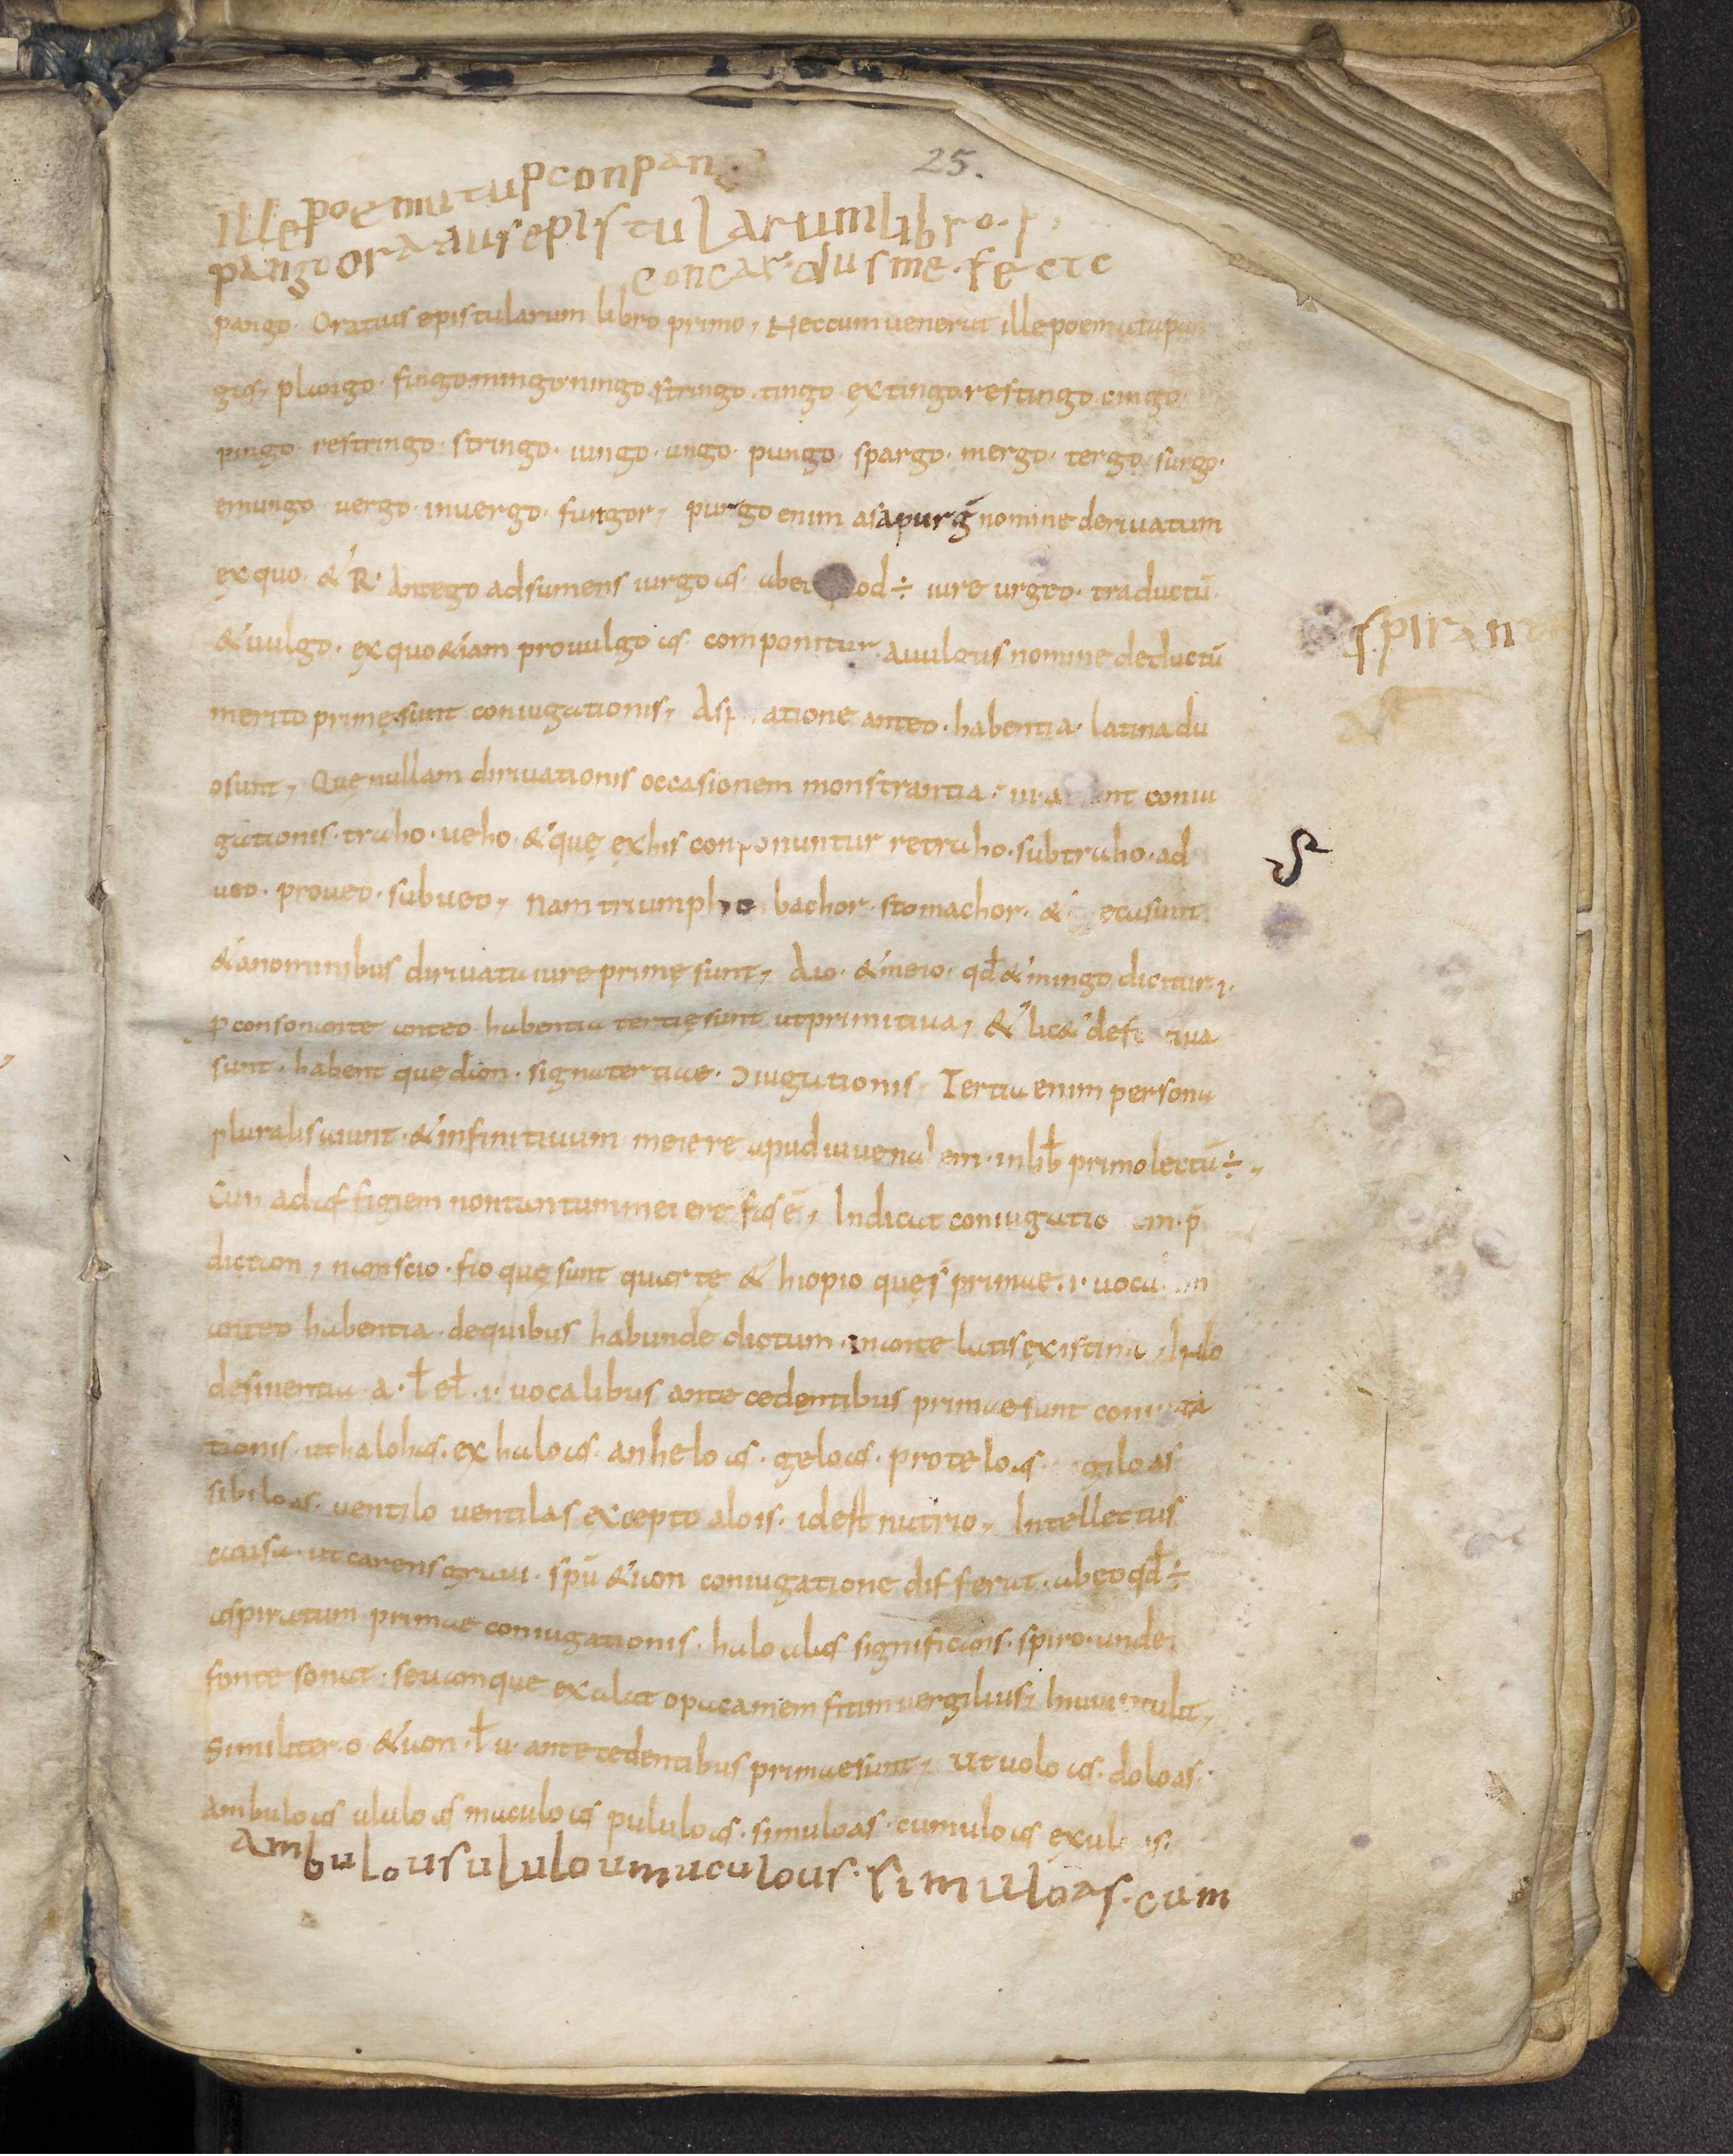
Shelfmark: Leiden, Bibliotheek der Rijksuniversiteit, Voss. Lat. O 41
Century: 9